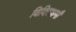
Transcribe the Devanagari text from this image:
विदितधर्मौ